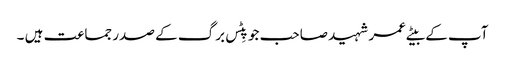
آپ کے بیٹے عمر شہید صاحب جو پِٹس برگ کے صدر جماعت ہیں ۔